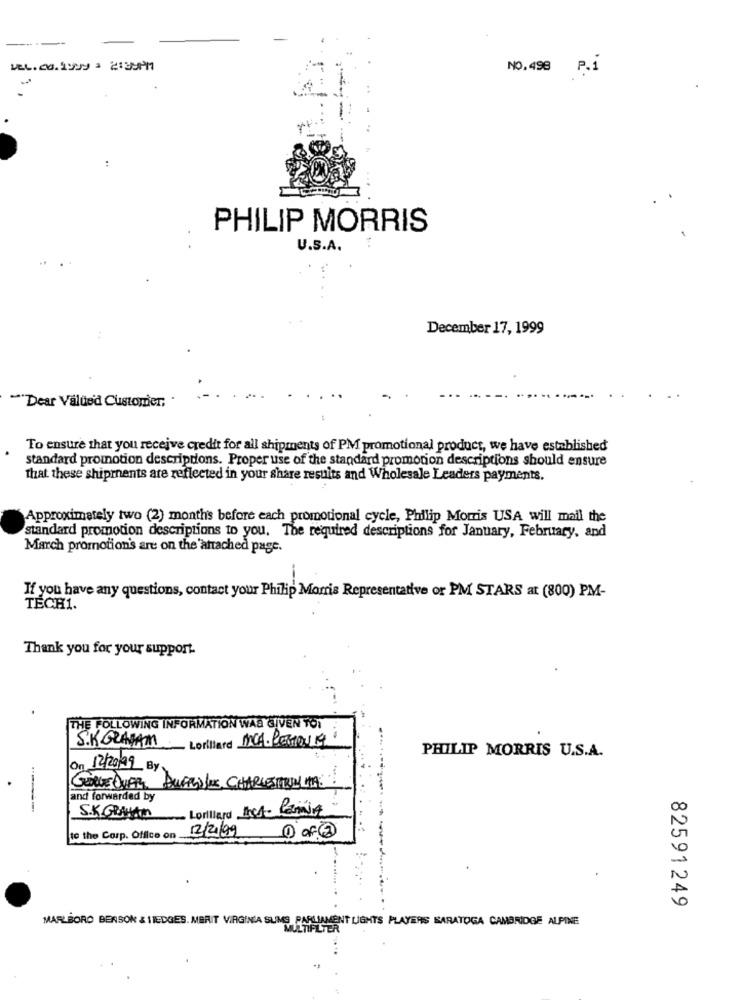
NO.498 P.1
:
PHILIP MORRIS
U.S.A.
:
December 17, 1999
"Dear Value'd Customer,
To ensure that you receive credit for all shipments of PM promotional product, we have established
standard promotion descriptions. Proper use of the standard promotion descriptions should ensure
that these shipments are reflected in your share results and Wholesale Leaders payments.
Approximately two (2) months before each promotional cycle, Philip Morris USA will mail the
standard promotion descriptions to you. The required descriptions for January, February, and
March promotion's are on the'attached page.
-
If you have any questions, contact your Philip Morris Representative or PM STARS at (800) PM-
TECH1.
Thank you for your support.
THE FOLLOWING INFORMATION WAS GIVEN TOT
Lorillard MCA. PERMONTH
S.K. GRAHAM
PHILIP MORRIS U.S.A.
On 12/20199 By
and forwarded by
Lorillard ICA- Canning
S.K.GRAHAM
12/2/99
to the Corp. Office on
82591249
MARLBORO BENSON & 11EDGES. MERIT VIRGINIA SUMS PARLIAMENT LIGHTS PLAYERS SARATOGA CAMBRIDGE ALPINE